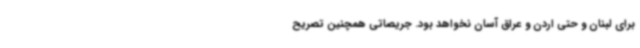
برای لبنان و حتی اردن و عراق آسان نخواهد بود. جریصاتی همچنین تصریح